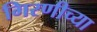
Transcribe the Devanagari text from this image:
गिरणीच्या